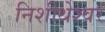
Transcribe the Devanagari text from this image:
निशीथेश्वरं